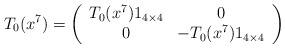
LaTeX: \begin{align*}T_0(x^7)=\left(\begin{array}{cc} T_0(x^7) 1_{4 \times 4} & 0 \\ 0 & -T_0(x^7) 1_{4 \times 4} \\ \end{array}\right)\end{align*}